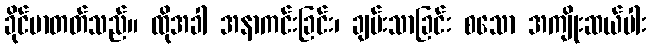
ခိုင်မာတတ်သည်။ ထိုအခါ အနာကင်းခြင်း၊ ချမ်းသာခြင်း စသော အကျိုးဆယ်ပါး